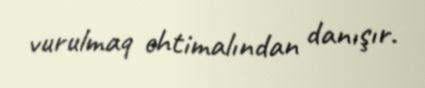
vurulmaq ehtimalından danışır.